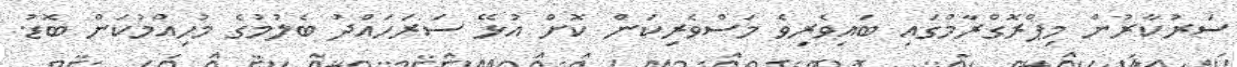
ސަރުކާރުން މިޕްރޮގްރާމްގައި ބައިވެރިވެ މަސްވެރިކަން ކޮށް އުޅޭ ސަރަހައްދު ބެލުމުގެ މުހިއްމުކަން ބޮޑު.